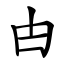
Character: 甴